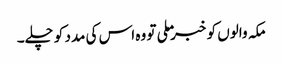
مکہ والوں کو خبر ملی تو وہ اس کی مدد کو چلے۔